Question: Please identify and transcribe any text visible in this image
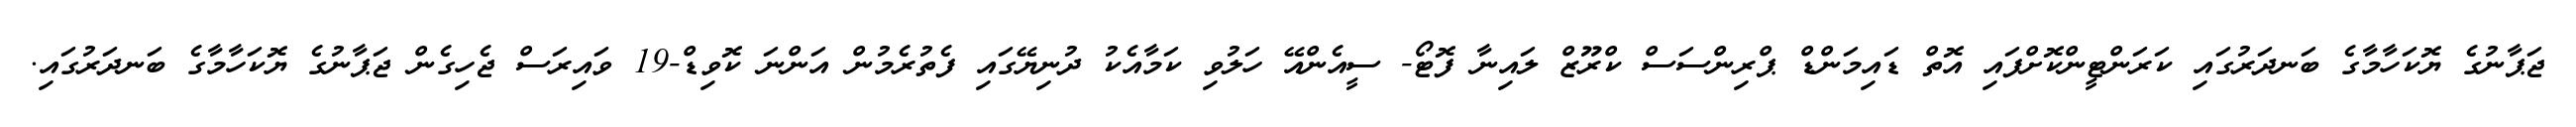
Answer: ޖަޕާނުގެ ޔޮކަހާމާގެ ބަނދަރުގައި ކަރަންޓީންކޮށްފައި އޮތް ޑައިމަންޑް ޕްރިންސަސް ކްރޫޒް ލައިނާ ފޮޓޯ- ސީއެންއޭ ހަލުވި ކަމާއެކު ދުނިޔޭގައި ފެތުރެމުން އަންނަ ކޮވިޑް-19 ވައިރަސް ޖެހިގެން ޖަޕާނުގެ ޔޮކަހާމާގެ ބަނދަރުގައި.